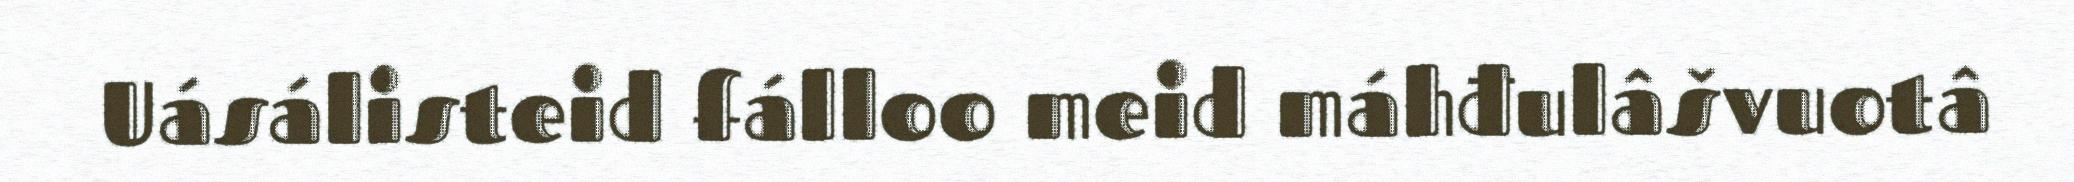
Uásálisteid fálloo meid máhđulâšvuotâ